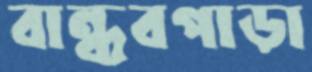
বান্ধবপাড়া